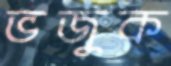
ভজুক